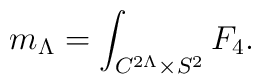
m_\Lambda=\int_{C^{2\Lambda}\times S^2} F_4.